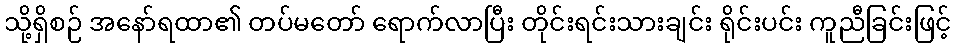
သို့ရှိစဉ် အနော်ရထာ၏ တပ်မတော် ရောက်လာပြီး တိုင်းရင်းသားချင်း ရိုင်းပင်း ကူညီခြင်းဖြင့်